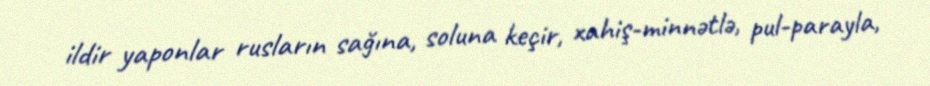
ildir yaponlar rusların sağına, soluna keçir, xahiş-minnətlə, pul-parayla,